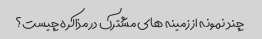
چند نمونه از زمینه های مشترک در مذاکره چیست؟